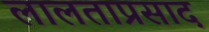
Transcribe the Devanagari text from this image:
लालताप्रसाद